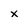
Character: x